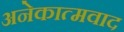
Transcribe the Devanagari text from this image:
अनेकात्मवाद